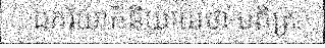
ឯភរិយាក៏និយាយថា បពិត្រ